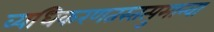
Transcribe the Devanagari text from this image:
व्यधिकरणतस्तत्पुमान्वा